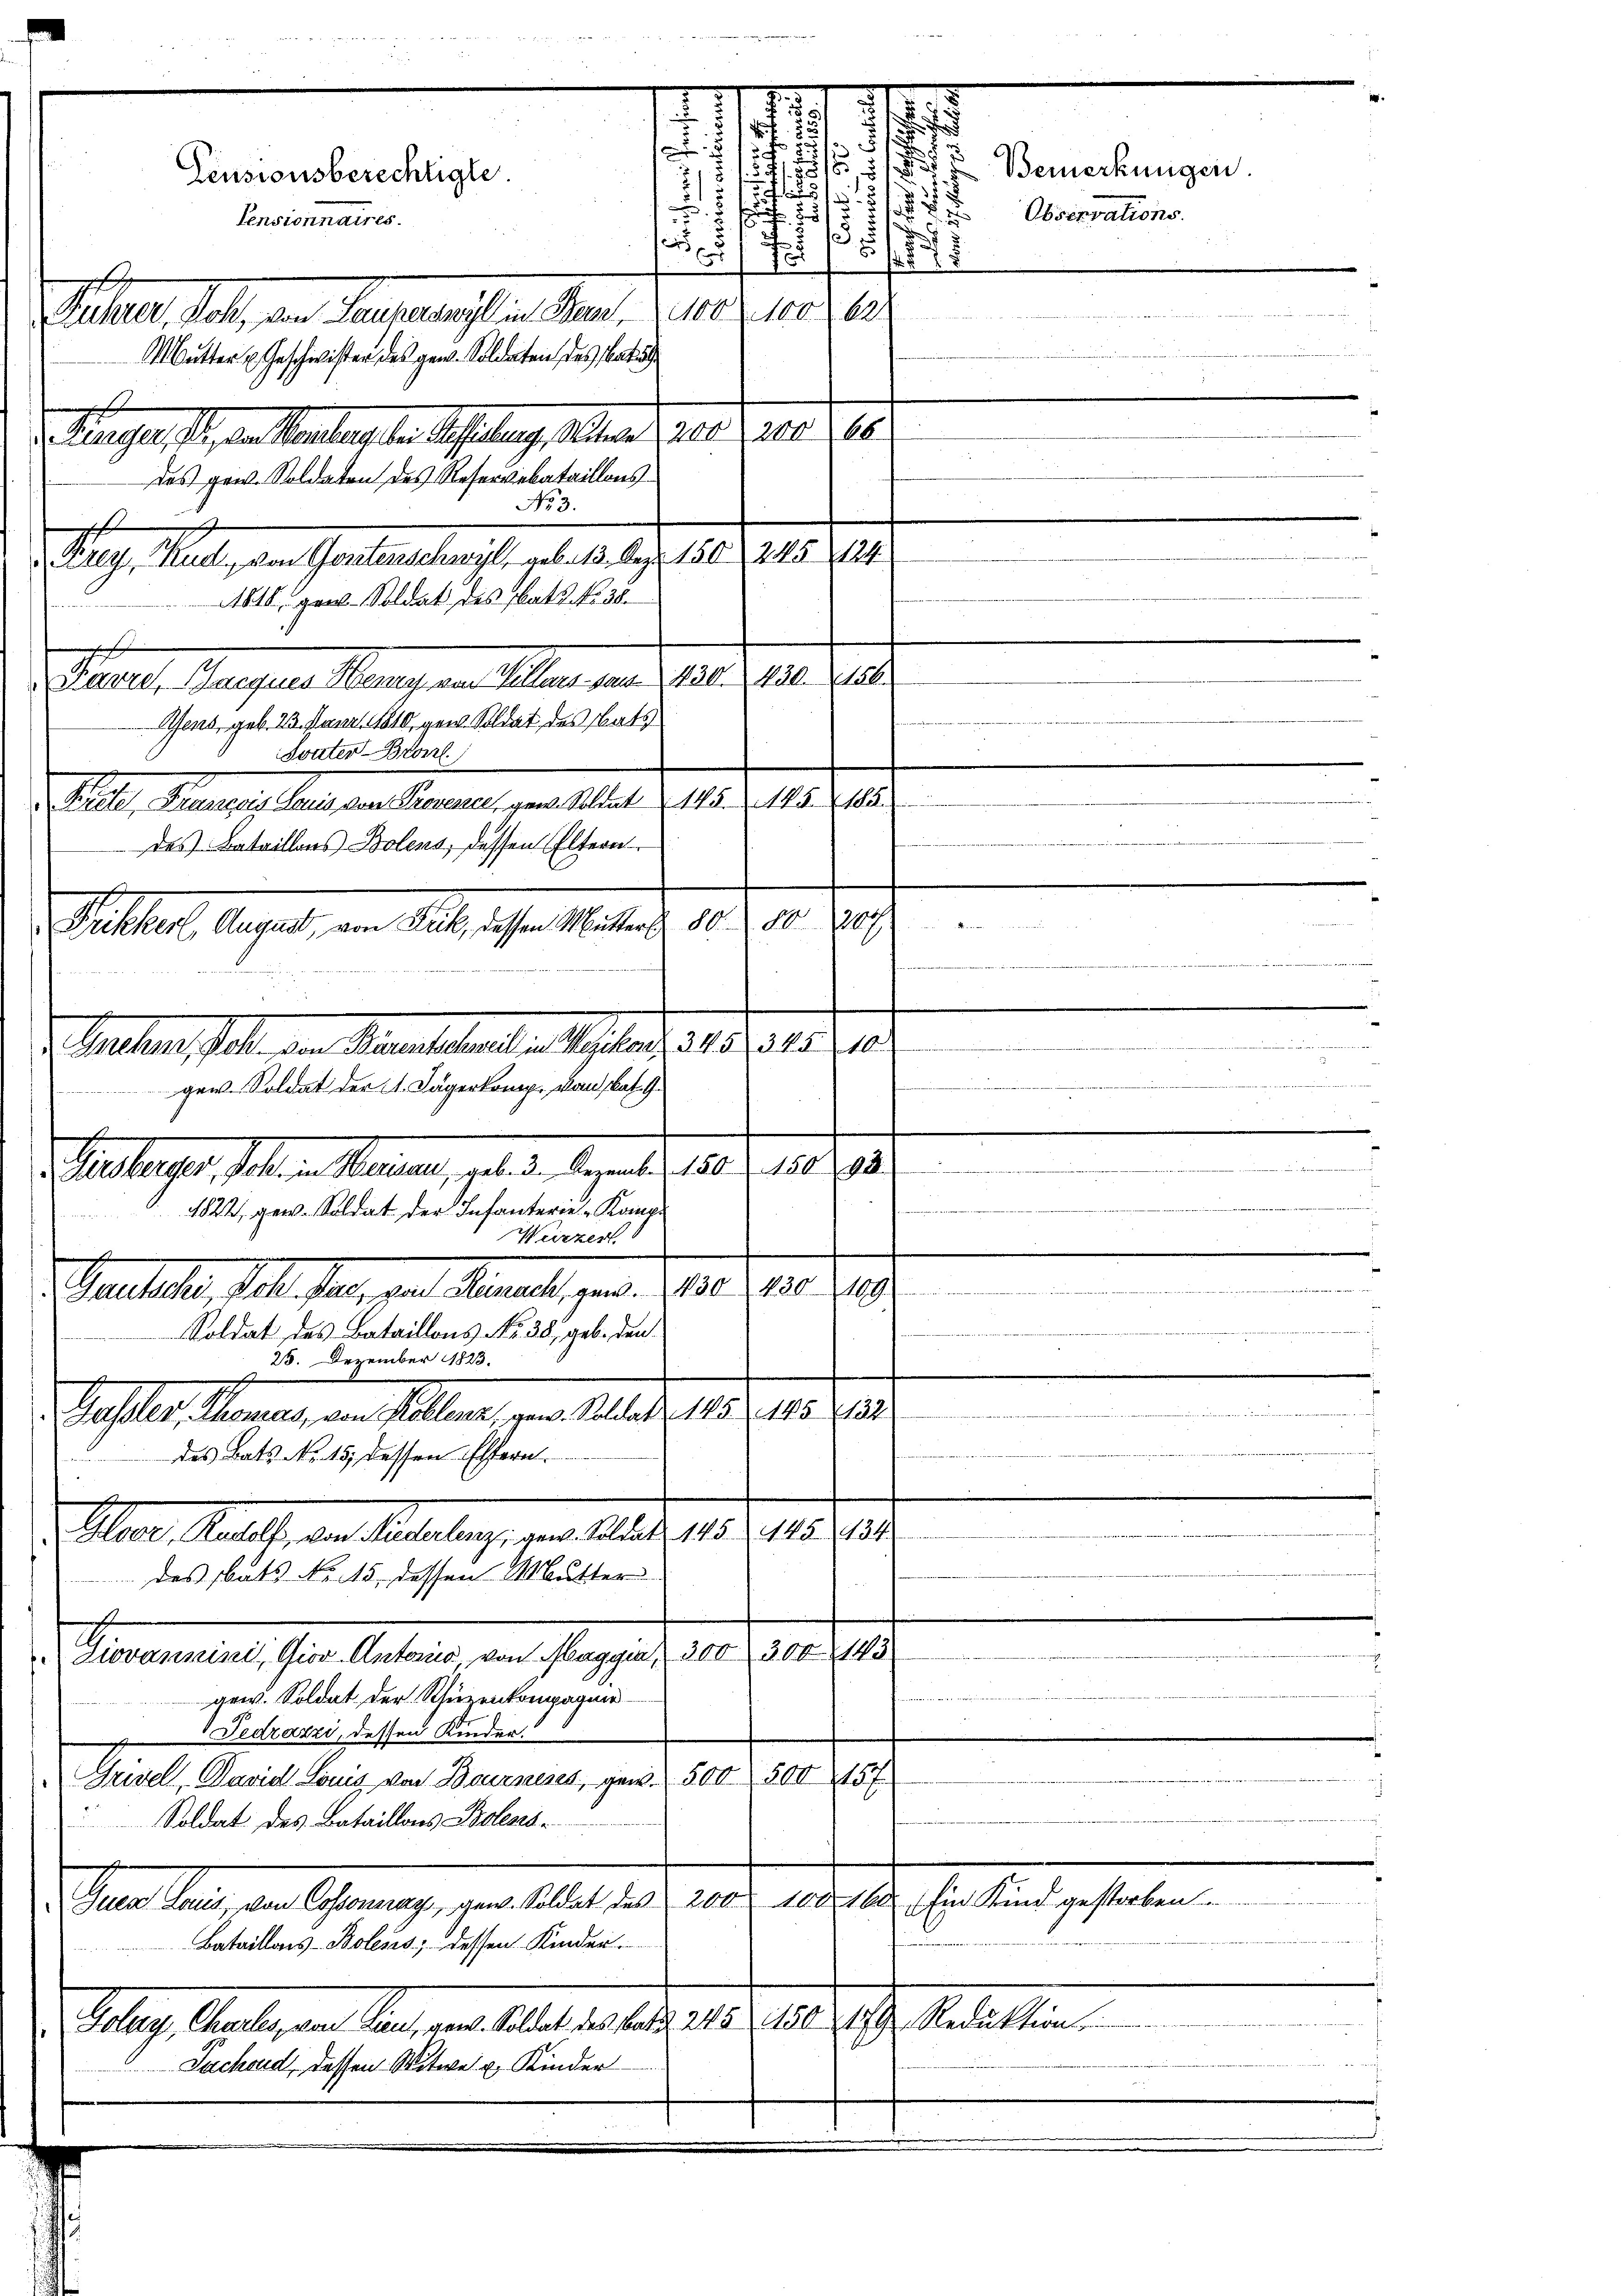
Krey, Kud, von Gontenschwyl, geb. 13. Dez. 150. 245 124.
1818. pr. Soldat des Rats No 30.
h
Favrel, Jacques Henry von Villars von 430. 430. 156.
Afens, geb. 23. Janr. 1810, gew. Soldat des Tats
Svater Bronzl.
 Se. Mange, den an angen, den selber 1891 Z. 18. 101.
n
des Bataillons Bolens, dessen Eltern
1269
8080.
Sittel Aujus, an Stadt, ist. Mai d.
.
a
.
e
etruges, sollen Marier, geb. 2. August 1890, 1890.
1822, gew. Soldat der Infanterie Komp
Weizer.
e
Gautseler, Soll Plan, das Kanal, pag. 1910. 180. 19.

Soldat des Bataillons No. 38, geb. den
25. Dezember 1823.
e
Basler Manne, den sollten, von 10. d. 18. 105. 10.
des Bats No. 15. dessen Effern.
Aber Macht, den Anstaltung, gene Abladen 15. 18. Ja
 des bats No 15. dessen Mutter

Gernennen, Ihre Autoris von Aargaret, 10. d. 1. 1910.
gerneren
ger. Soldat, der Schüzenkompagner
Fedrazzi, dessen Kinder.
Grivel David Louis von Bournises, gew. 500 500 157
Soldat des Bataillons Polens-
Guen Lauis, von Cossonay, an. Soldat des 200. 100 fl in Kind gestorben.
Bataillons-Bolens; dessen Kinden.
ley Anstag an der von Alle er den 14. 180. 19. Seiten
Sachend, dessen Witwe u. Kinder
.

.
Pensionsberechtigte
Pensionnaires.
Rührer, Rohl, von Lauferswyl in Base 100. 100 622
Mutter u. Geschwister des gew. Soldaten des Vate
d. Augenste, von Sendung der Abhaltung selben geret werde er
des gew. Soldaten des Reservebataillons
No 3.
A

gene Soldat der A. Lägerkomp. Konkat. G

V. alten, solle den Namentlehnung an haben d. 245. 1810.

75

d
Bemerkungen.

2
.
.
Observations.
.
5

d
d
13.
f
1er
7
7
.

s
.

s
855
,
5

.

mand einer eine

e